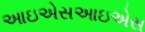
આઇએસઆઇએસ